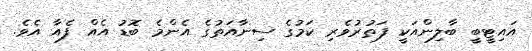
އައިޓީބީ ބާލިންއަކީ ފަތުރުވެރި ކަމުގެ ސިނާއަތުގެ އެންމެ ބޮޑު އެއް ފެއާ އެވެ.